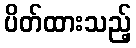
ပိတ်ထားသည့်